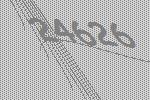
24626